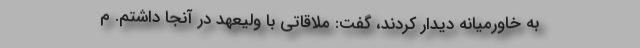
به خاورمیانه دیدار کردند، گفت: ملاقاتی با ولیعهد در آنجا داشتم. م